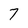
Character: 7